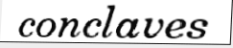
conclaves